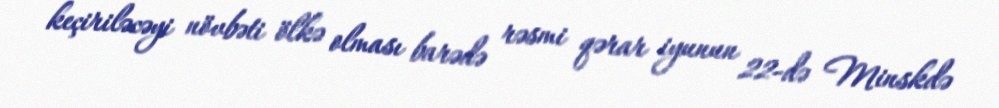
keçiriləcəyi növbəti ölkə olması barədə rəsmi qərar iyunun 22-də Minskdə